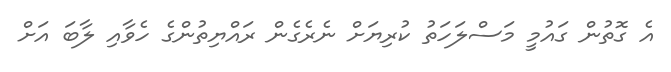
އެ ގޮތުން ގައުމީ މަސްލަހަތު ކުރިޔަށް ނެރެގެން ރައްޔިތުންގެ ހެވާއި ލާބަ އަށް